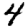
Digit: 4